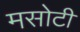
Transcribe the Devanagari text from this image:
मसोटी